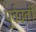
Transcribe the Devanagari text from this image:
पुर्ववर्ती